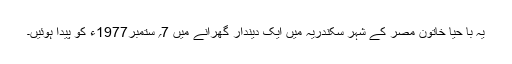
یہ با حیا خاتون مصر کے شہر سکندریہ میں ایک دیندار گھرانے میں 7؍ ستمبر1977ء کو پیدا ہوئیں۔